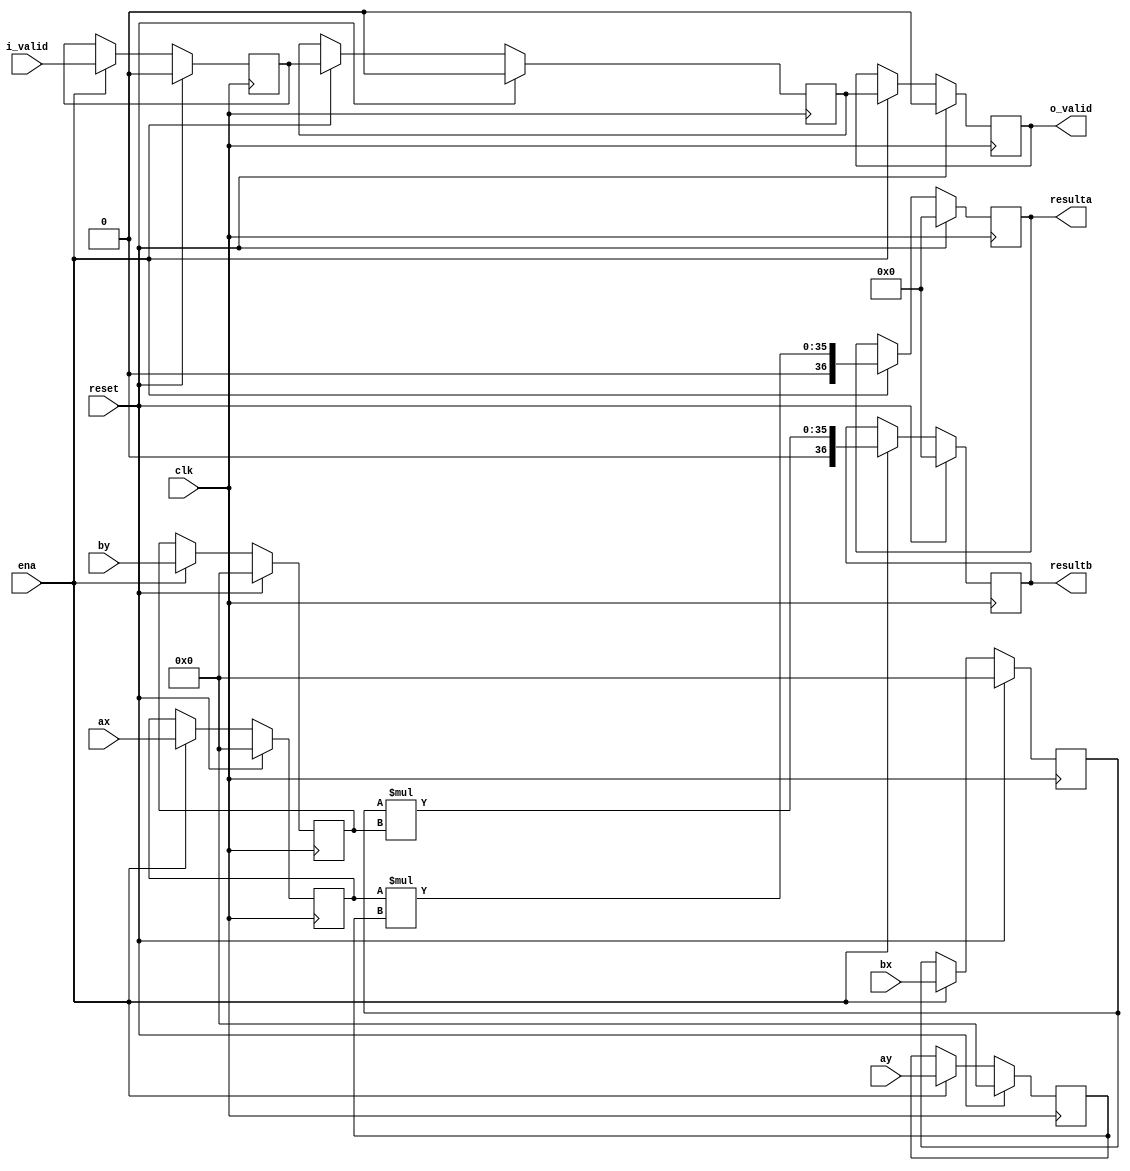
`define SIMULATION_MEMORY

module dsp_signed_mult_18x18_unit_18_18_1 (
	input clk,
	input reset,
	input ena,
	input i_valid,
	input [17:0] ax,
	input [17:0] ay,
	input [17:0] bx,
	input [17:0] by,
	output o_valid,
	output [36:0] resulta,
	output [36:0] resultb 
);

reg [17:0] reg_ax, reg_ay, reg_bx, reg_by;
reg [36:0] reg_resa, reg_resb;
always @(posedge clk) begin
	if (reset) begin
		reg_ax <= 0;
		reg_ay <= 0;
		reg_bx <= 0;
		reg_by <= 0;
		reg_resa <= 0;
		reg_resb <= 0;
	end else if (ena) begin
		reg_ax <= ax;
		reg_ay <= ay;
		reg_bx <= bx;
		reg_by <= by;
		reg_resa <= reg_ax * reg_ay;
		reg_resb <= reg_bx * reg_by;
	end
end

assign resulta = reg_resa;
assign resultb = reg_resb;
reg input_valid, result_valid, output_valid;
always @ (posedge clk) begin
	if (reset) begin
		output_valid <= 1'b0;
		input_valid <= 1'b0;
		result_valid <= 1'b0;
	end else if (ena) begin
		input_valid <= i_valid;
		result_valid <= input_valid;
		output_valid <= result_valid;
	end
end
assign o_valid = output_valid;

endmodule